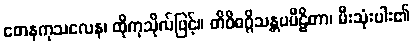
တေနကုသလေန၊ ထိုကုသိုလ်ဖြင့်။ တိဝိဓဂ္ဂိသန္တပပီဠိတာ၊ မီးသုံးပါး၏